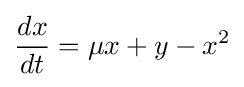
{\frac {dx}{dt}}=\mu x+y-x^{2}